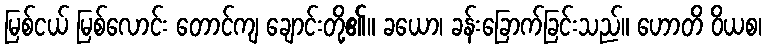
မြစ်ငယ် မြစ်လောင်း တောင်ကျ ချောင်းတို့၏။ ခယော၊ ခန်းခြောက်ခြင်းသည်။ ဟောတိ ဝိယစ၊